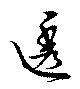
透